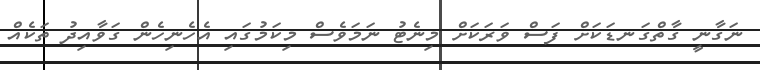
ނަގާނީ ގާތްގަނޑަކަށް ފަސް ވަރަކަށް މިނެޓު ނަމަވެސް މިކަމުގައި އެހެނިހެން ގަވާއިދު ތަކެއް